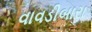
વાવડીબારા